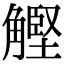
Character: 𧤵